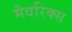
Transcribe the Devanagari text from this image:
मैवरिक्स